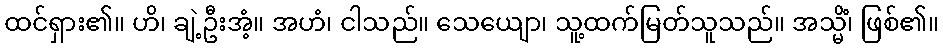
ထင်ရှား၏။ ဟိ၊ ချဲ့ဦးအံ့။ အဟံ၊ ငါသည်။ သေယျော၊ သူ့ထက်မြတ်သူသည်။ အသ္မိံ၊ ဖြစ်၏။